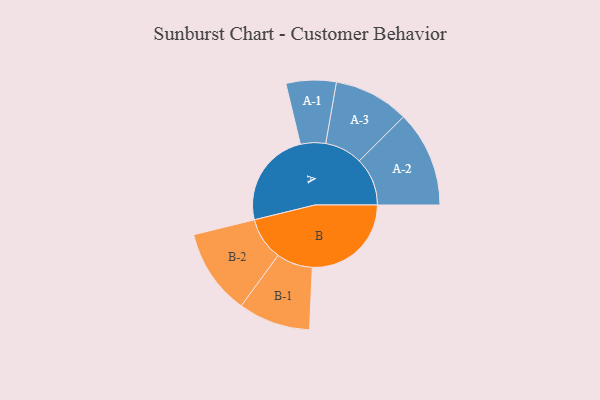
{"axis": {"x": "Segment", "y": "Value"}, "legend": ["", "A", "B"], "data": [{"x": "A", "y": 482, "type": ""}, {"x": "B", "y": 494, "type": ""}, {"x": "A-1", "y": 125, "type": "A"}, {"x": "A-2", "y": 240, "type": "A"}, {"x": "A-3", "y": 188, "type": "A"}, {"x": "B-1", "y": 180, "type": "B"}, {"x": "B-2", "y": 214, "type": "B"}]}